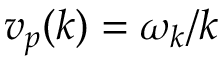
v _ { p } ( k ) = \omega _ { k } / k